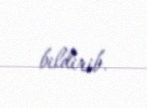
bildirib.